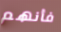
فأنهم